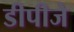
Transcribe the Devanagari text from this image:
डीपीजे